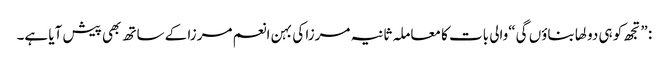
: ”تجھ کو ہی دولھا بناؤں گی“والی بات کا معاملہ ثانیہ مرزا کی بہن انعم مرزا کے ساتھ بھی پیش آیا ہے۔